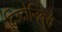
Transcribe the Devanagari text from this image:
टिउटोनिक्स